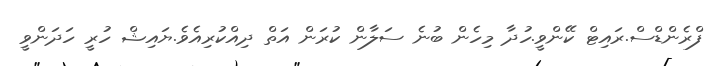
ފްރެންޑްސް.ރައިޓް ކޭންވީ.ހުދާ މިހެން ބުނެ ސަލާން ކުރަން އަތް ދިއްކުރިއެވެ.ޔައިޝް ހުރީ ހަދަންވީ